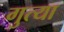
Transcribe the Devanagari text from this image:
गुत्या